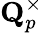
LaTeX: \mathbf{Q}_{p}^{\times}